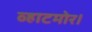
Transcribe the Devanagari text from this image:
व्हाटमोर।